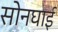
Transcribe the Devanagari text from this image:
सोनघाई